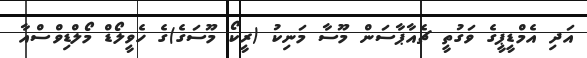
އަދި އެމްޑީޕީގެ ވަގުތީ ޗެއާޕާސަން މޫސާ މަނިކު (ރީކޯ މޫސަގެ)ގެ ހެވީލޯޑް މޯލްޑިވްސްއާ